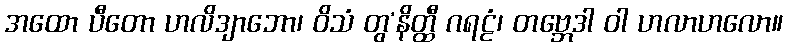
အထော ပီတော ဟလိဒျာဘော၊ ဝိသံ တွ’နိတ္ထီ ဂရဠံ၊ တဗ္ဘေဒါ ဝါ ဟလာဟလော။